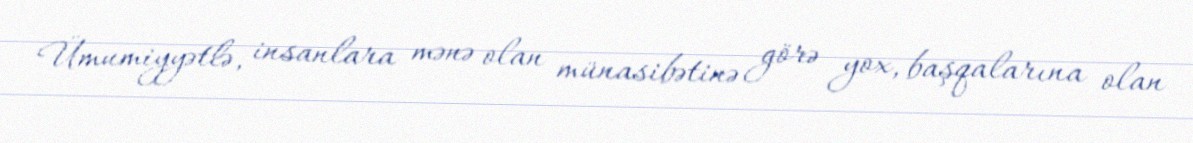
Ümumiyyətlə, insanlara mənə olan münasibətinə görə yox, başqalarına olan